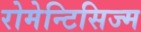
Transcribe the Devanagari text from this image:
रोमेन्टिसिज्म